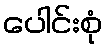
ပေါင်းစုံ